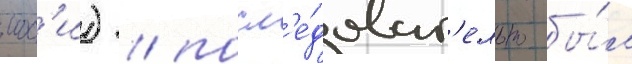
мос'и) / посл'е́доват'ельно бы́л